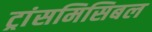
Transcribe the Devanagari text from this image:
ट्रांसमिसिबल